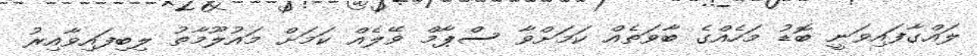
ލައްގާފައިވަނީ ބޮޑު މަހެއްގެ ބާވަތެއް ކަމަށްވާ ސްޕާމް ވޭލެއް ކަމަށް މައުލޫމާތު ލިބިފައިވާއިރު